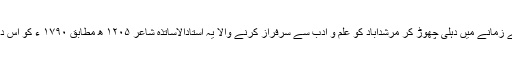
بالآخر محمد شاہ کے زمانے میں دہلی چھوڑ کر مرشدآباد کو علم و ادب سے سرفراز کرنے والا یہ استادالاساتذہ شاعر ۱۲۰۵ ھ مطابق ۱۷۹۰ ء کو اس دنیا سے رخصت ہوا۔